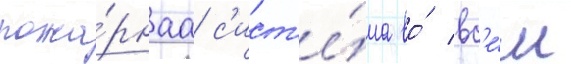
пожа́рнаа с'ист'е́ма во́ вс'е́м